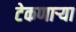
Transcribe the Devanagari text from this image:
टेकणार्‍या